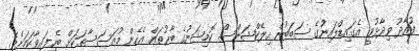
ފުއާދު ވިދާޅުވީ އެގައިޑްލައިނުގެ ސަބަބުން އިލެކްޝަންސް ކޮމިޝަނުގެ ބާރުތައް އެހެން މުއަސަސާތަކަށް ބެހިފައިވާކަމަށެވެ.